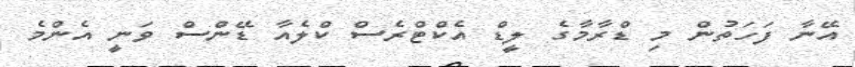
އޭނާ ފަހަތުން މި ޑްރާމާގެ ލީޑް އެކްޓްރެސް ކްލެއާ ޑޭންސް ވަނީ އެންމެ